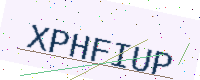
Text: XPHFIUP